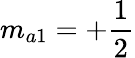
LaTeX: m_{a1}=+\frac{1}{2}